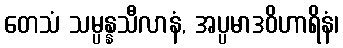
တေသံ သမ္ပန္နသီလာနံ, အပ္ပမာဒဝိဟာရိနံ၊